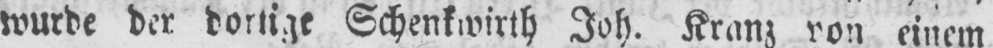
wurde der dortige Schenkwirth Joh. Kranz von einem